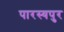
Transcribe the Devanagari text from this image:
पारस्यपुर